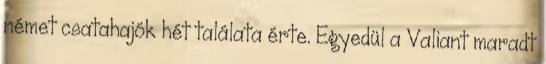
német csatahajók hét találata érte. Egyedül a Valiant maradt